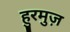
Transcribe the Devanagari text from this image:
हुरमुज़